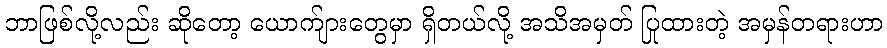
ဘာဖြစ်လို့လည်း ဆိုတော့ ယောက်ျားတွေမှာ ရှိတယ်လို့ အသိအမှတ် ပြုထားတဲ့ အမှန်တရားဟာ